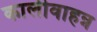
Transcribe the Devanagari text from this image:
कालीवाहन्न